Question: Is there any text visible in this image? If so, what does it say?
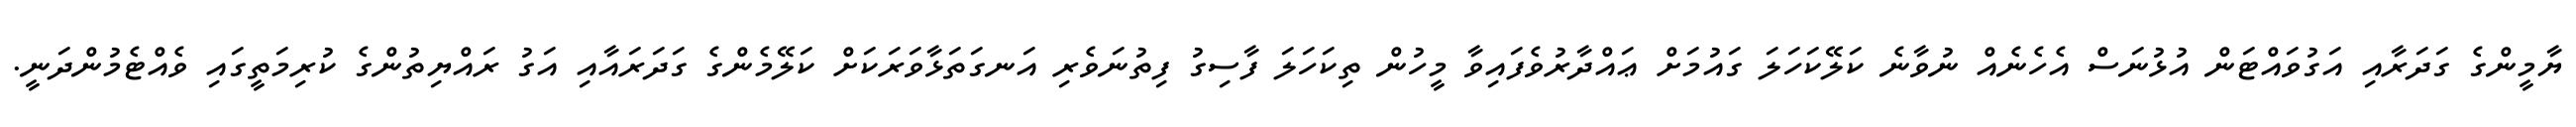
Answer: ޔާމީންގެ ގަދަރާއި އަގުވައްޓަން އުޅުނަސް އެހެނެއް ނުވާނެ ކަލޭކަހަލަ ގައުމަށް ޢައްދާރުވެފައިވާ މީހުން ތިކަހަލަ ފާސިގު ފިތުނަވެރި އަނގަތަޅާވަރަކަށް ކަލޭމެންގެ ގަދަރައާއި އަގު ރައްޔިތުންގެ ކުރިމަތީގައި ވެއްޓެމުންދަނީ.